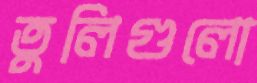
তুলিগুলো